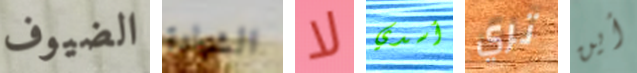
الضيوف الشهادة لا أسدي تري أين